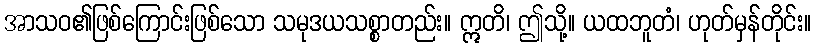
အာသဝ၏ဖြစ်ကြောင်းဖြစ်သော သမုဒယသစ္စာတည်း။ ဣတိ၊ ဤသို့။ ယထဘူတံ၊ ဟုတ်မှန်တိုင်း။